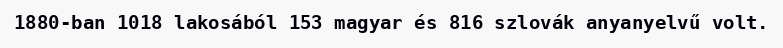
1880-ban 1018 lakosából 153 magyar és 816 szlovák anyanyelvű volt.